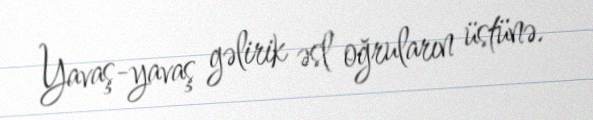
Yavaş-yavaş gəlirik əsl oğruların üstünə.